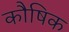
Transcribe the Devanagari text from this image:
कौषिक